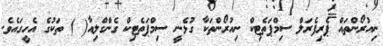
ނިއުރޯންތައް ޕެރިފެރަލް ސިމްޕަތެޓިކް ނިއުރޯންތަކާ ގުޅެނީ ސިމްޕަތެޓިކް ގެންގްލިއާ( ) ތަކުގެ އެހީގައެވެ.